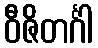
ဝီဇိတင်္ဂါ